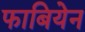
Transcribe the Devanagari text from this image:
फाबियेन